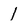
Character: 1